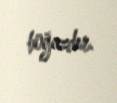
boğazdır.